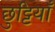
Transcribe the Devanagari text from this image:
छुट्टियाँ